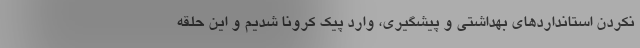
نکردن استانداردهای بهداشتی و پیشگیری، وارد پیک کرونا شدیم و این حلقه